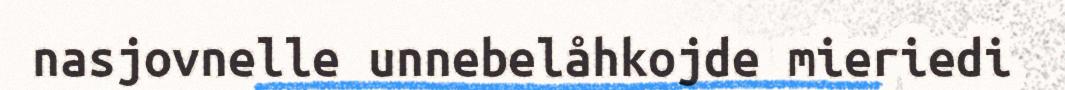
nasjovnelle unnebelåhkojde mieriedi